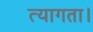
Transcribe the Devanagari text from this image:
त्‍यागता।